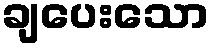
ချပေးသော